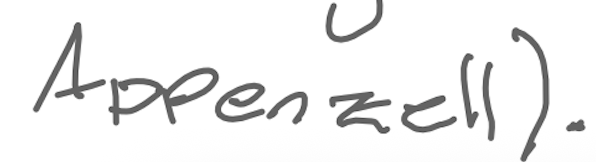
Text: Appenzell).
Cross-out: clean
Writing tool: digital_gray